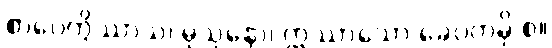
စာပေတွိဿာသ၊ မုသုနော၊ ဣဿာသော ခေပကမှိ စ။